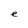
Character: e